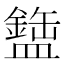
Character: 𬐹